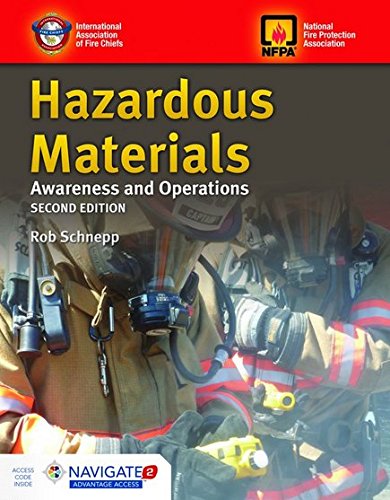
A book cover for Hazardous Materials Awareness And Operations; IAFC; Health, Fitness & Dieting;